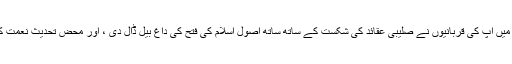
تقریباً 38سال کے عرصہ میں آپ کی قربانیوں نے صلیبی عقائد کی شکست کے ساتھ ساتھ اصول اسلام کی فتح کی داغ بیل ڈال دی ، اور محض تحدیث نعمت کے طور پر بیان کرتا ہوں۔